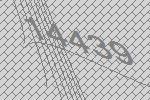
14439